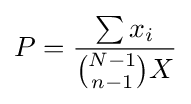
P={\frac {\sum x_{i}}{{N-1 \choose n-1}X}}